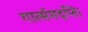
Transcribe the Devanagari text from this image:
गार्त्समदप्ति।